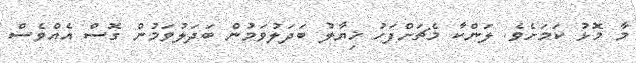
މާ މޮޅު ކަމަށެވެ. ލަންކާ މެޗަށްފަހު ޚިޔާލު ބަދަލުވަމުން ބަދަލުވަމުން ގޮސް އެއްވެސް